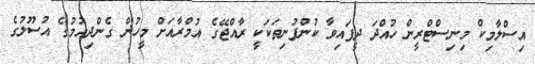
އިސްލާމިކް މިނިސްޓްރީން ހުއްދަ ދީފައިވާ ކުންފުނިތަކަކީ ރާއްޖޭގެ އުމްރާއަށް މީހުން ގެންދިއުމުގެ އުސޫލުގެ